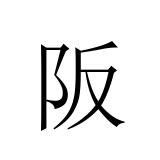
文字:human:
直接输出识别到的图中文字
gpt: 阪